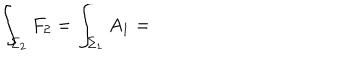
\int _ { \Sigma _ { 2 } } F _ { 2 } = \int _ { \Sigma _ { 1 } } A _ { 1 } =